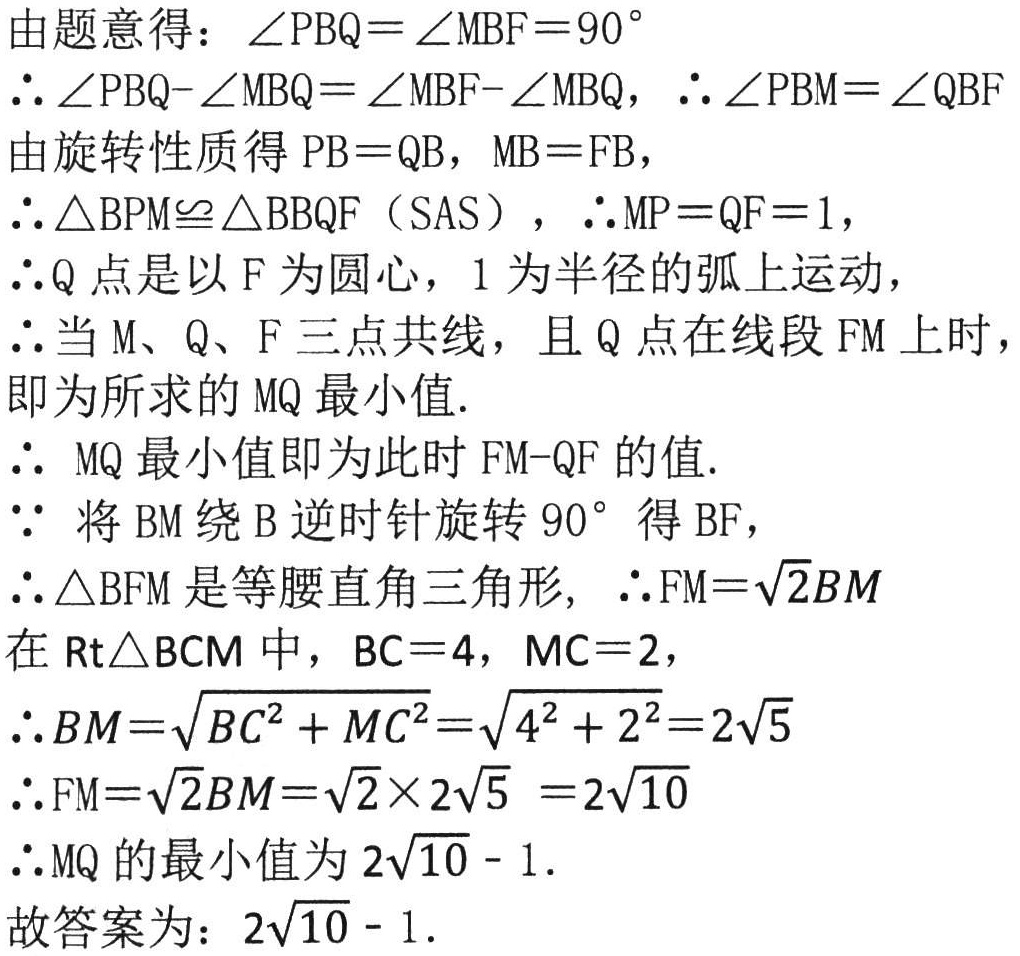
由题意得：\(\angle PBQ = \angle MBF = 90^{\circ}\)
\(\therefore\angle PBQ - \angle MBQ=\angle MBF - \angle MBQ\)，\(\therefore\angle PBM=\angle QBF\)
由旋转性质得 \(PB = QB\)，\(MB = FB\)，
\(\therefore\triangle BPM\cong\triangle BQF\)（SAS），\(\therefore MP = QF = 1\)，
\(\therefore Q\)点是以 \(F\)为圆心，\(1\)为半径的弧上运动，
\(\therefore\)当 \(M\)、\(Q\)、\(F\) 三点共线，且 \(Q\)点在线段 \(FM\) 上时，
即为所求的 \(MQ\) 最小值.
\(\therefore\) \(MQ\) 最小值即为此 时 \(FM - QF\) 的值.
\(\because\) 将 \(BM\) 绕 \(B\) 逆时针旋转 \(90^{\circ}\) 得 \(BF\)，
\(\therefore\triangle BFM\) 是等腰直角三角形,  \(\therefore FM = \sqrt{2}BM\)
在 \(\text{Rt}\triangle BCM\) 中，\(BC = 4\)，\(MC = 2\)，
\(\therefore BM=\sqrt{BC^{2}+MC^{2}}=\sqrt{4^{2}+2^{2}} = 2\sqrt{5}\)
\(\therefore FM=\sqrt{2}BM=\sqrt{2}\times2\sqrt{5}=2\sqrt{10}\)
\(\therefore MQ\) 的最小值为 \(2\sqrt{10}-1\).
故答案为：\(2\sqrt{10}-1\).